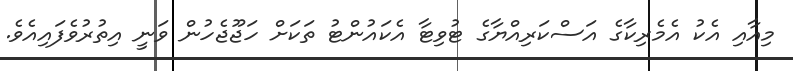
މިއާއި އެކު އެމެރިކާގެ އަސްކަރިއްޔާގެ ޓުވިޓާ އެކައުންޓު ތަކަށް ހަޖޫޖެހުން ވަނީ އިތުރުވެފައިއެވެ.